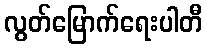
လွတ်မြောက်ရေးပါတီ